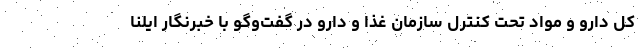
کل دارو و مواد تحت کنترل سازمان غذا و دارو در گفت‌وگو با خبرنگار ایلنا